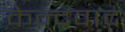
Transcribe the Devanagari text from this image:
केन्द्रवाद